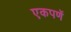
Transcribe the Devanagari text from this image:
एकपणें